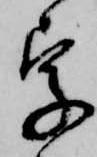
字